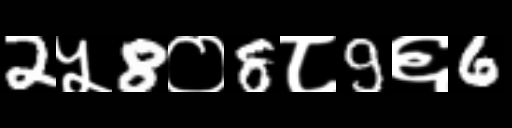
Text: 2५8०8८9६6